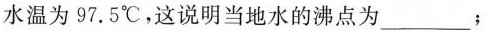
水温为97。5℃，这说明当地水的沸点为___；